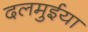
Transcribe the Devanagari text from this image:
दलमुईया